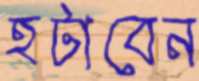
হটাবেন